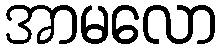
အာမလော